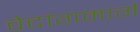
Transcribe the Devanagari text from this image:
वेदांगमार्ग